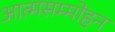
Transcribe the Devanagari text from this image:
आत्मसम्मोहन